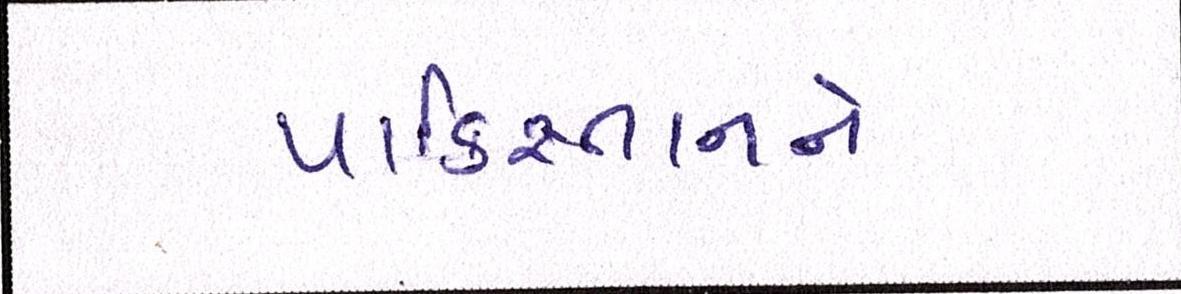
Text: પાકિસ્તાનને